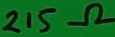
Text: 215Ω